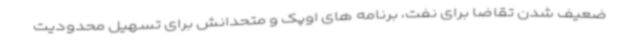
ضعیف شدن تقاضا برای نفت، برنامه های اوپک و متحدانش برای تسهیل محدودیت